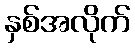
နှစ်အလိုက်